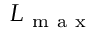
L _ { \mathrm { ~ m ~ a ~ x ~ } }